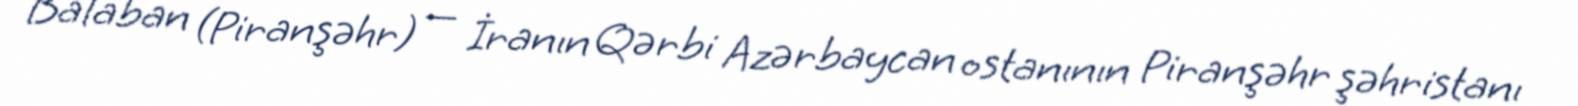
Balaban (Piranşəhr) — İranın Qərbi Azərbaycan ostanının Piranşəhr şəhristanı